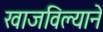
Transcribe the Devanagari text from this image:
खाजविल्याने